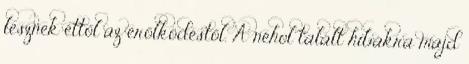
lesznek ettől az erőlködéstől. A néhol talált hibákra majd